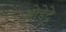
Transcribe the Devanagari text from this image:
ओडेट्टे